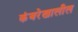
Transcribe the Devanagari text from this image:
कंबरेखालील